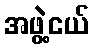
အဖွဲ့ငယ်